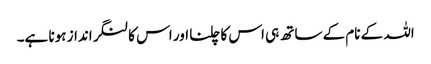
اللہ کے نام کے ساتھ ہی اس کا چلنا اور اس کا لنگر انداز ہونا ہے۔